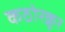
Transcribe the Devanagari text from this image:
कठोरक्रूर